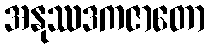
အနုဿဒကဇာတော